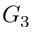
G _ { 3 }